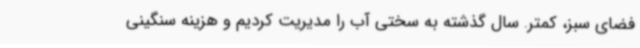
فضای سبز، کمتر. سال گذشته به سختی آب را مدیریت کردیم و هزینه سنگینی